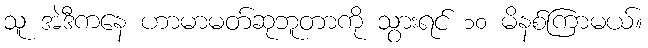
သူ အဲဒီကနေ ဟာမာမတ်ဆုဘူတာကို သွားရင် ၁၀ မိနစ်ကြာမယ်။